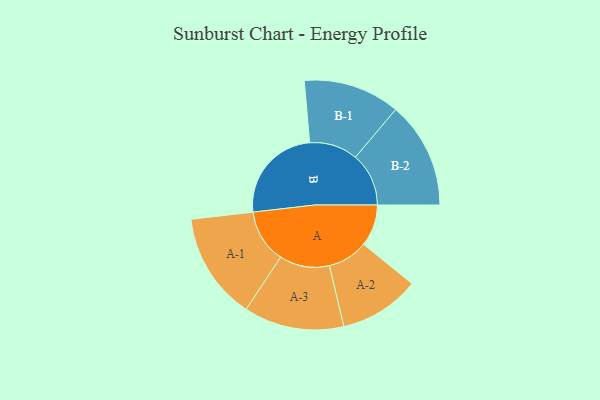
{"axis": {"x": "Segment", "y": "Value"}, "legend": ["", "A", "B"], "data": [{"x": "A", "y": 166, "type": ""}, {"x": "B", "y": 390, "type": ""}, {"x": "A-1", "y": 213, "type": "A"}, {"x": "A-2", "y": 160, "type": "A"}, {"x": "A-3", "y": 199, "type": "A"}, {"x": "B-1", "y": 192, "type": "B"}, {"x": "B-2", "y": 212, "type": "B"}]}